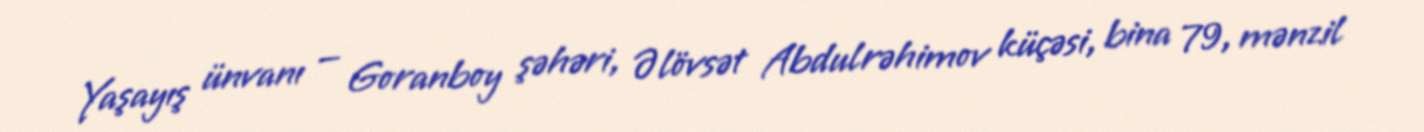
Yaşayış ünvanı — Goranboy şəhəri, Əlövsət Abdulrəhimov küçəsi, bina 79, mənzil